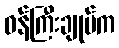
ဝန်ကြီးချုပ်က